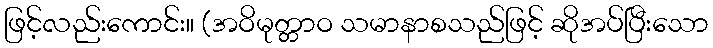
ဖြင့်လည်းကောင်း။ (အဝိမုတ္တာဝ သမာနာစသည်ဖြင့် ဆိုအပ်ပြီးသော